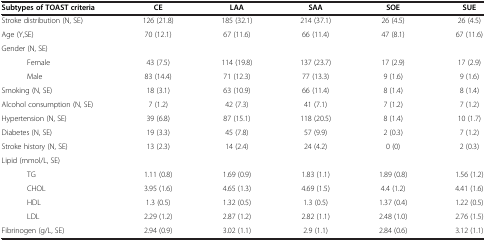
| Subtypes of TOAST criteria | CE | LAA | SAA | SOE | SUE |
 | --- | --- | --- | --- | --- | --- |
 | Stroke distribution (N, SE) | 126 (21.8) | 185 (32.1) | 214 (37.1) | 26 (4.5) | 26 (4.5) |
 | Age (Y,SE) | 70 (12.1) | 67 (11.6) | 66 (11.4) | 47 (8.1) | 67 (11.6) |
 | Gender (N, SE) |  |  |  |  |  |
 | Female | 43 (7.5) | 114 (19.8) | 137 (23.7) | 17 (2.9) | 17 (2.9) |
 | Male | 83 (14.4) | 71 (12.3) | 77 (13.3) | 9 (1.6) | 9 (1.6) |
 | Smoking (N, SE) | 18 (3.1) | 63 (10.9) | 66 (11.4) | 8 (1.4) | 8 (1.4) |
 | Alcohol consumption (N, SE) | 7 (1.2) | 42 (7.3) | 41 (7.1) | 7 (1.2) | 7 (1.2) |
 | Hypertension (N, SE) | 39 (6.8) | 87 (15.1) | 118 (20.5) | 8 (1.4) | 10 (1.7) |
 | Diabetes (N, SE) | 19 (3.3) | 45 (7.8) | 57 (9.9) | 2 (0.3) | 7 (1.2) |
 | Stroke history (N, SE) | 13 (2.3) | 14 (2.4) | 24 (4.2) | 0 (0) | 2 (0.3) |
 | Lipid (mmol/L, SE) |  |  |  |  |  |
 | TG | 1.11 (0.8) | 1.69 (0.9) | 1.83 (1.1) | 1.89 (0.8) | 1.56 (1.2) |
 | CHOL | 3.95 (1.6) | 4.65 (1.3) | 4.69 (1.5) | 4.4 (1.2) | 4.41 (1.6) |
 | HDL | 1.3 (0.5) | 1.32 (0.5) | 1.3 (0.5) | 1.37 (0.4) | 1.22 (0.5) |
 | LDL | 2.29 (1.2) | 2.87 (1.2) | 2.82 (1.1) | 2.48 (1.0) | 2.76 (1.5) |
 | Fibrinogen (g/L, SE) | 2.94 (0.9) | 3.02 (1.1) | 2.9 (1.1) | 2.84 (0.6) | 3.12 (1.1) |